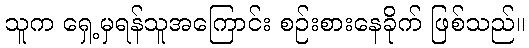
သူက ရှေ့မှရန်သူအကြောင်း စဉ်းစားနေခိုက် ဖြစ်သည်။